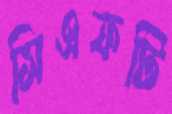
সিএফটি